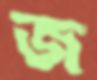
জ